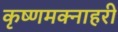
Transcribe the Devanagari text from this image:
कृष्णमक्नाहरी